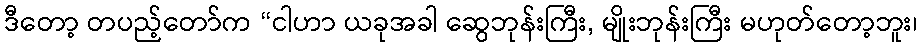
ဒီတော့ တပည့်တော်က “ငါဟာ ယခုအခါ ဆွေဘုန်းကြီး, မျိုးဘုန်းကြီး မဟုတ်တော့ဘူး၊